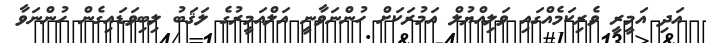
އަދި އަމީރީ ވެރިކަމެއްގައި ވަލިއްޔުލް އަމުރަކަށް ހުންނަވާނީ އަލްއަމީރުގެ ލަޤަބު ލިބިވަޑައިގެން ހުންނަވާ